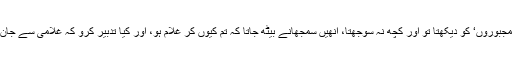
جب ان ’مجبوروں‘ کو دیکھتا تو اور کچھ نہ سوجھتا، انھیں سمجھانے بیٹھ جاتا کہ تم کیوں کر غلام ہو، اور کیا تدبیر کرو کہ غلامی سے جان چھوٹے۔